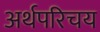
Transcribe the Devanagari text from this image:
अर्थपरिचय